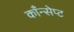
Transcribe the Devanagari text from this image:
काँन्सेप्ट